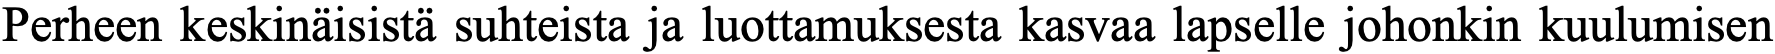
Perheen keskinäisistä suhteista ja luottamuksesta kasvaa lapselle johonkin kuulumisen